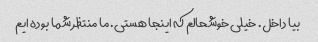
بیا داخل. خیلی خوشحالم که اینجا هستی. ما منتظر شما بوده ایم